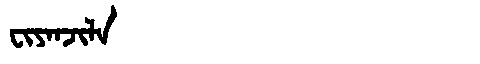
Manchu: ᠸᡳᠶᠠᠨᠵᡳᠯᠠ
Romanization: FIYANJILA